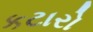
કટારો